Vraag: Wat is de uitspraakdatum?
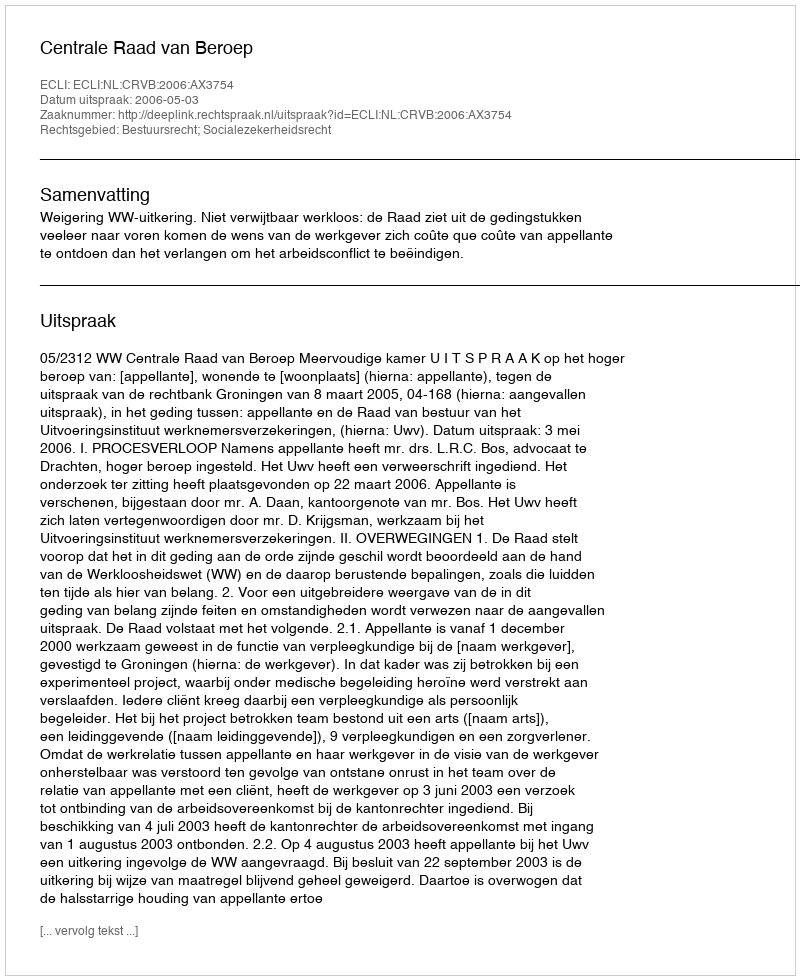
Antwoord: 2006-05-03